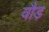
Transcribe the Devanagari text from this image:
वौड़